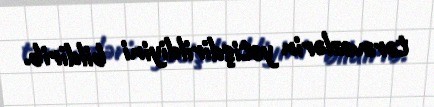
tərəvəzlərin yetişdirildiyini bildirib.